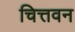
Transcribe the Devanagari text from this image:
चित्तवन